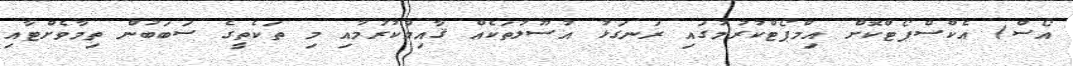
އޯސް) އެކްސްޕޯޓްކޮށް އިމްޕޯޓްކުރުމުގައި ރަނގަޅު އުސޫލުތަކެއް ޤާއިމްކުރުމާއި މި ތަކެތީގެ ސަބަބުން ތިމާވެށްޓާއި